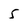
Character: 5